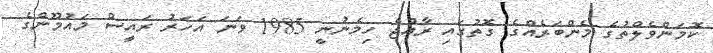
ކޮމަންވެލްތުގެ މެންބަރެއްގެ ގޮތުގައި ރާއްޖެ ހިމެނުނީ 1985 ވަނަ އަހަރު ރައީސް މައުމޫންގެ